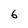
Character: 6